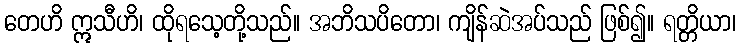
တေဟိ ဣသီဟိ၊ ထိုရသေ့တို့သည်။ အဘိသပိတော၊ ကျိန်ဆဲအပ်သည် ဖြစ်၍။ ရတ္တိယာ၊